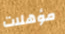
مؤهلات